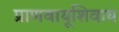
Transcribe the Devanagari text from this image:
प्राणवायूशिवाय